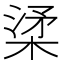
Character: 𣓥